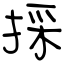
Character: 採